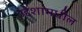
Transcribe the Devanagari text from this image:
उद्देशांमधील